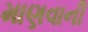
માણવાની